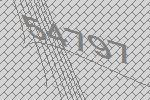
54797